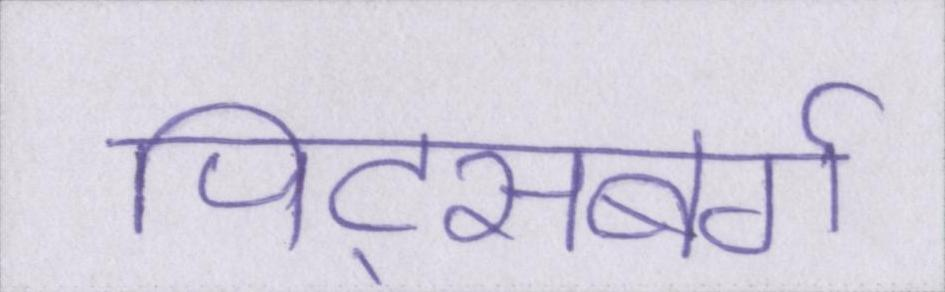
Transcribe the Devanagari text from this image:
पिट्सबर्ग